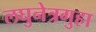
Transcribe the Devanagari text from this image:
लघुनेत्रगुहा